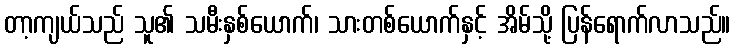
တာ့ကျယ်သည် သူ၏ သမီးနှစ်ယောက်၊ သားတစ်ယောက်နှင့် အိမ်သို့ ပြန်ရောက်လာသည်။